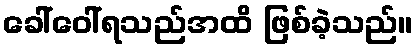
ခေါ်ဝေါ်ရသည်အထိ ဖြစ်ခဲ့သည်။